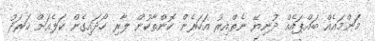
މަންމައެއް ބައްޕައެއް ދުނިޔޭ ނެތްއިރު އަހަރެން ކޮންތާކުން ލާރި ހޯދައިގެން ކަލެއަށް ހަރަދު